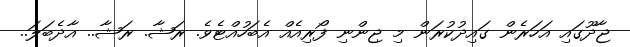
ޖާދޫގައި އަހަރެން ގައިދުކުރަން މި ޖިންނި ފޯރިއެއް އެބަހުއްޓެވެ. ރަޝާ. ރަޝާ.. އާދެބަލަ..